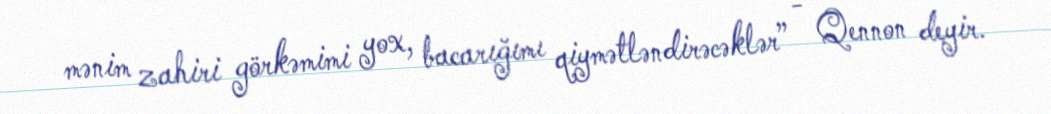
mənim zahiri görkəmimi yox, bacarığımı qiymətləndirəcəklər” - Qennon deyir.